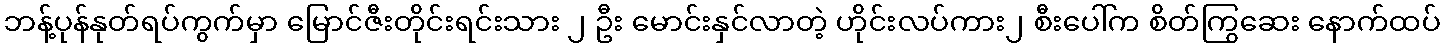
ဘန့်ပုန်နုတ်ရပ်ကွက်မှာ မြောင်ဇီးတိုင်းရင်းသား ၂ ဦး မောင်းနှင်လာတဲ့ ဟိုင်းလပ်ကား၂ စီးပေါ်က စိတ်ကြွဆေး နောက်ထပ်